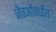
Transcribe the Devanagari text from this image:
जैवऔषधीय